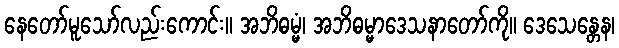
နေတော်မူသော်လည်းကောင်း။ အဘိဓမ္မံ၊ အဘိဓမ္မာဒေသနာတော်ကို။ ဒေသေန္တေန၊